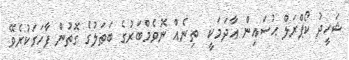
ޝަހީދު ކޯޕްރަލް ޙުސައިން ޢާދަމަކީ  ތިނެއް ނޮވެމްބަރުގެ ބަޠަލުގެ ގޮތުން ފާހަގަކުރެވޭ